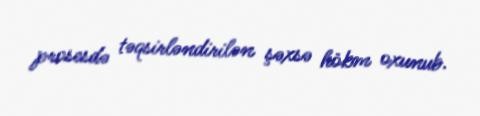
prosesdə təqsirləndirilən şəxsə hökm oxunub.